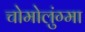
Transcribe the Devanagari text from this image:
चोमोलुंग्मा